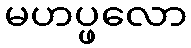
မဟပ္ဖလော